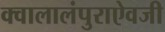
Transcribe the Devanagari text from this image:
क्वालालंपुराऐवजी